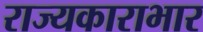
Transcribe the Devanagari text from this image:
राज्यकाराभार